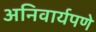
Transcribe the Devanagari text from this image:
अनिवार्यपणे